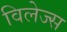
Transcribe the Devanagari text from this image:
विलेज्स